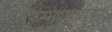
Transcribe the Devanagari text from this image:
शिंगळ्याच्या